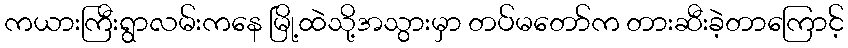
ကယားကြီးရွာလမ်းကနေ မြို့ထဲသို့အသွားမှာ တပ်မတော်က တားဆီးခဲ့တာကြောင့်